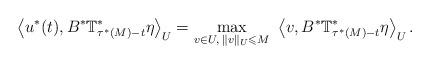
LaTeX: \begin{align*}\ \left\langle u^*(t),B^* \mathbb{T}_{\tau^*(M)-t}^* \eta \right\rangle_U= \displaystyle\max_{v\in U,\; \|v\|_U \leqslant M}\ \left\langle v,B^* \mathbb{T}_{\tau^*(M)-t}^* \eta \right\rangle_U.\end{align*}